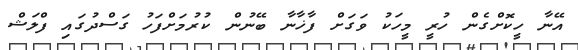
އޭނާ ހީކޮށްގެން ހުރީ މީހަކު ވަގަށް ފާޚާނާ ބޭނުން ކުރުމަށްފަހު ގަސްދުގައި ފްލަޝް